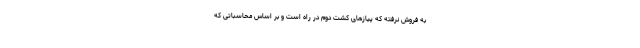
به فروش نرفته که پیازهای کشت دوم در راه است و بر اساس محاسباتی که